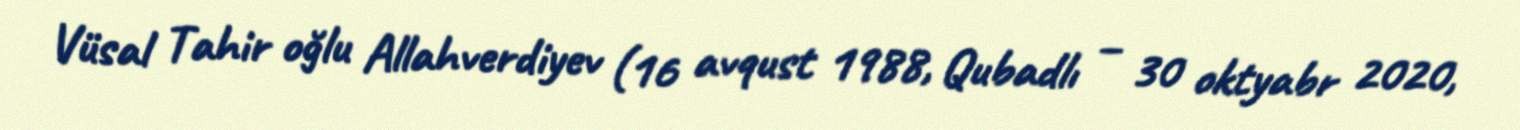
Vüsal Tahir oğlu Allahverdiyev (16 avqust 1988, Qubadlı – 30 oktyabr 2020,